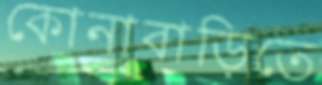
কোনাবাড়িতে